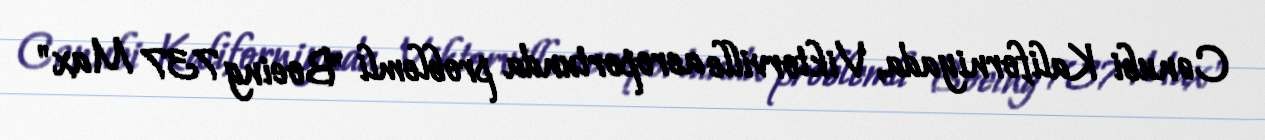
Cənubi Kaliforniyada, Viktorville aeroportunda problemli "Boeing 737 Max"